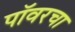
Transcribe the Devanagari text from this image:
पॉवरचा